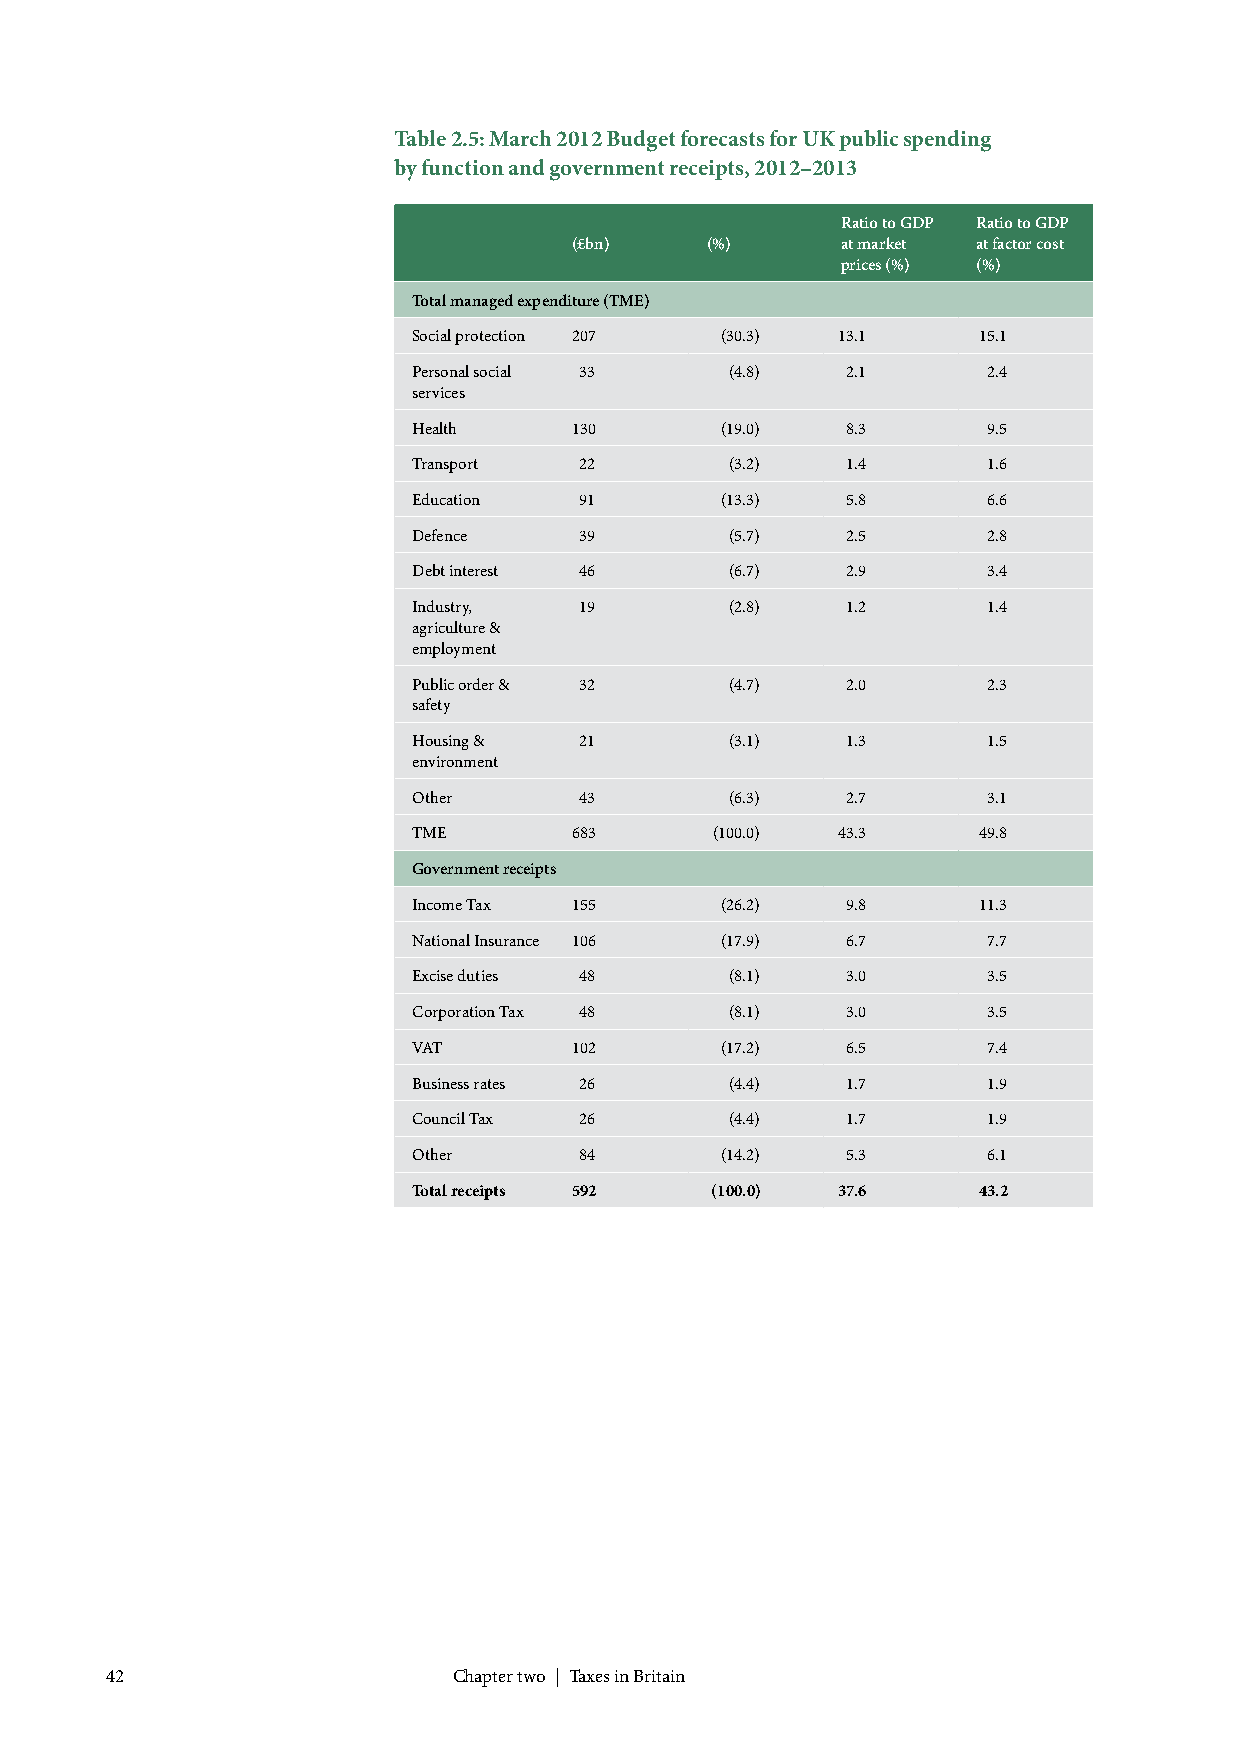
Table 2.5: March 2012 Budget forecasts for UK public spending
 by function and government receipts, 2012–2013
 Ratio to GDP Ratio to GDP
 (£bn)    (%)      at market at factor cost
 prices (%) (%)
 Total managed expenditure (TME)
 Social protection 207 (30.3) 13.1     15.1
 Personal social 33   (4.8)   2.1      2.4
 services
 Health     130       (19.0)  8.3      9.5
 Transport  22        (3.2)   1.4      1.6
 Education  91        (13.3)  5.8      6.6
 Defence    39        (5.7)   2.5      2.8
 Debt interest 46     (6.7)   2.9      3.4
 Industry,  19        (2.8)   1.2      1.4
 agriculture &
 employment
 Public order & 32    (4.7)   2.0      2.3
 safety
 Housing &  21        (3.1)   1.3      1.5
 environment
 Other      43        (6.3)   2.7      3.1
 TME        683      (100.0) 43.3      49.8
 Government receipts
 Income Tax 155       (26.2)  9.8      11.3
 National Insurance 106 (17.9) 6.7     7.7
 Excise duties 48     (8.1)   3.0      3.5
 Corporation Tax 48   (8.1)   3.0      3.5
 VAT        102       (17.2)  6.5      7.4
 Business rates 26    (4.4)   1.7      1.9
 Council Tax 26       (4.4)   1.7      1.9
 Other      84        (14.2)  5.3      6.1
 Total receipts 592  (100.0) 37.6      43.2
 42                     Chapter two | Taxes in Britain